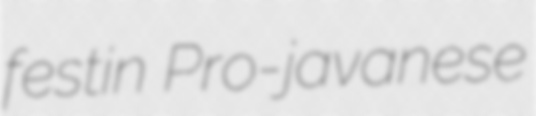
festin Pro-javanese